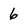
Character: 6